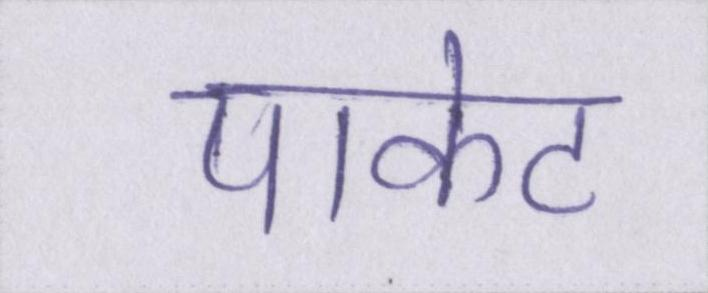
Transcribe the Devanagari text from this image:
पाकेट